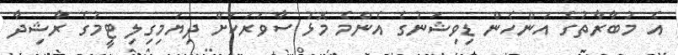
އެ މުބާރާތުގެ އަންހެން ޑިވިޝަނުގެ އެންމެ މޮޅު ސާވަރަކަށް ދިޔަމިގިލި ޓީމުގެ ރާޝިދާ